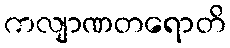
ကလျာဏတရောတိ